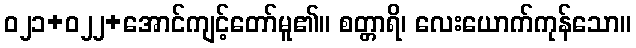
ဝ၂၁+၀၂၂+အောင်ကျင့်တော်မူ၏။ စတ္တာရိ၊ လေးယောက်ကုန်သော။